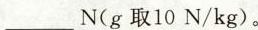
N(g取10N/kg)。